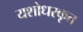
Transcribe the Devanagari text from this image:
यशोधरकृत